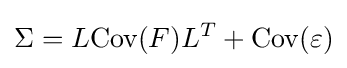
\Sigma =L\mathrm {Cov} (F)L^{T}+\mathrm {Cov} (\varepsilon )